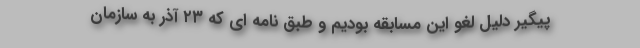
پیگیر دلیل لغو این مسابقه بودیم و طبق نامه ای که ۲۳ آذر به سازمان